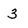
Character: 3